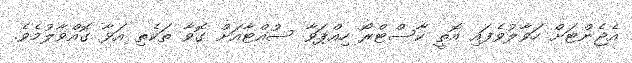
އެޖެންޓަށް ހަވާލުވެފައި އޮތީ ކާސްޓްރޯ ހިއްޕަވާ ސުއްޓާއަށް ގޮވާ ތަކެތި އަޅާ ގޮއްވާލުމެވެ.